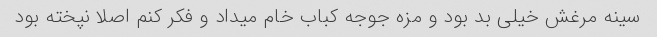
سینه مرغش خیلی بد بود و مزه جوجه کباب خام میداد و فکر کنم اصلا نپخته بود